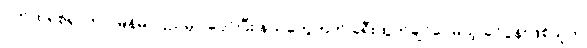
ပက်ထရစ်ရှာဟာ မြန်မာပြည်မှာ ပျော်ပြီး နယ်တွေဘက် ခရီးထွက်ချင်ပေမယ့် ခင်ပွန်းဖြစ်သူက